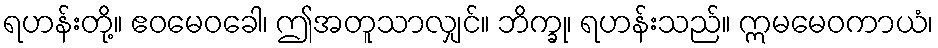
ရဟန်းတို့။ ဧဝမေဝခေါ၊ ဤအတူသာလျှင်။ ဘိက္ခု၊ ရဟန်းသည်။ ဣမမေဝကာယံ၊